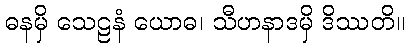
ဓနမှိ သေဠနံ ယောဓ၊ သီဟနာဒမှိ ဒိဿတိ။